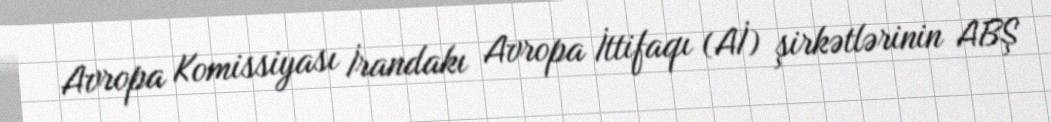
Avropa Komissiyası İrandakı Avropa İttifaqı (Aİ) şirkətlərinin ABŞ